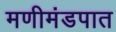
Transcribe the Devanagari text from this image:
मणीमंडपात